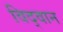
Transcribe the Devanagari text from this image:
विद्‌वान